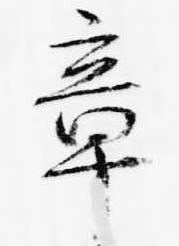
章